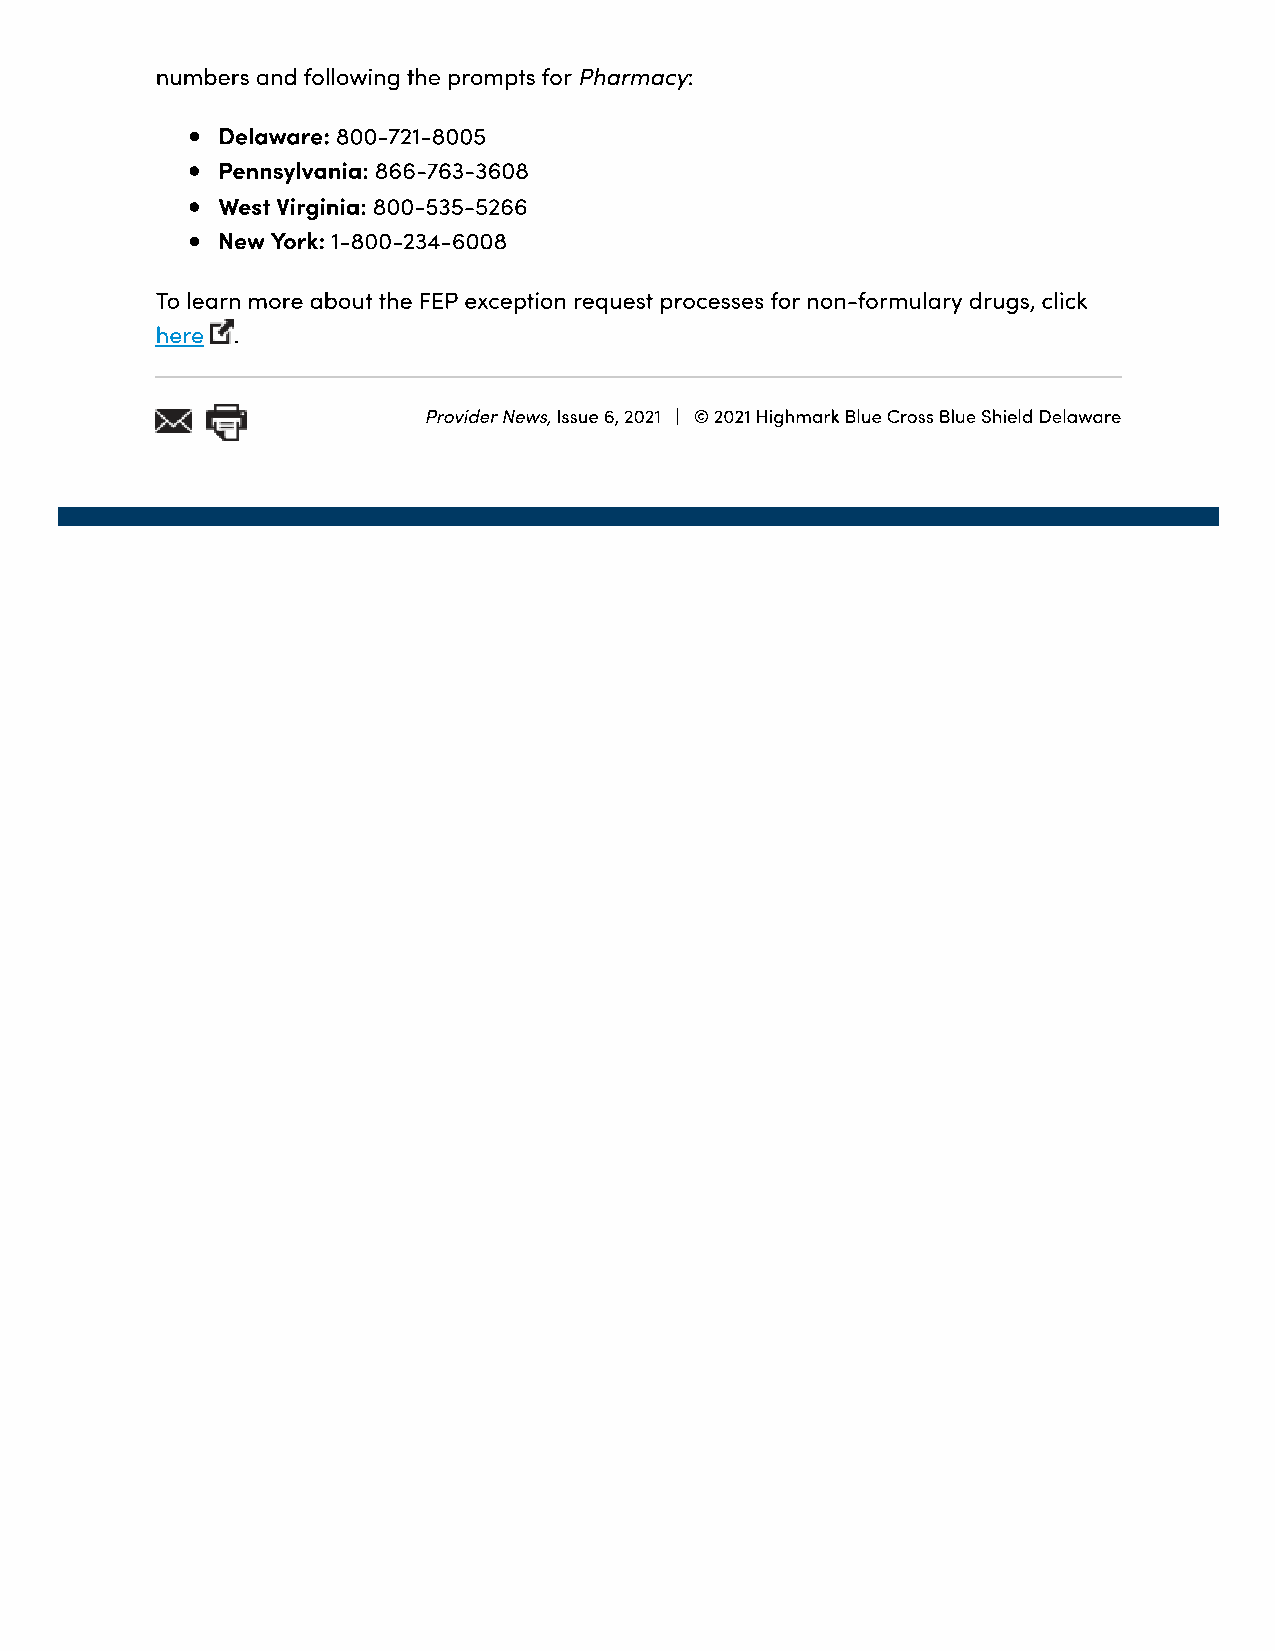
numbers and following the prompts for Pharmacy:
 Delaware: 800-721-8005
 Pennsylvania: 866-763-3608
 West Virginia: 800-535-5266
 New York: 1-800-234-6008
 To learn more about the FEP exception request processes for non-formulary drugs, click
 here .
 Provider News, Issue 6, 2021 | © 2021 Highmark Blue Cross Blue Shield Delaware